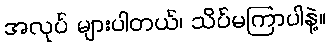
အလုပ် များပါတယ်၊ သိပ်မကြာပါနဲ့။